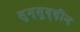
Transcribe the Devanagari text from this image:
सुम्सुद्दीन